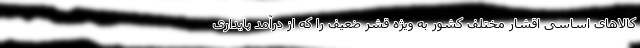
کالاهای اساسی اقشار مختلف کشور به ویژه قشر ضعیف را که از درآمد پایداری